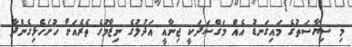
މި ސިޔާސަތުގެ މައިގަނޑު އެއް މަގްސަދަކީ ޖިނާއީ އަދުލުގެ ނިޒާމުގެ ތެރެއަށް ހުށަހެޅިގެންދާ